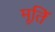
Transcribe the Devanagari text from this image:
मूतिॅ